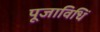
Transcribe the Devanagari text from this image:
पूजाविधिं